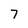
Character: 7